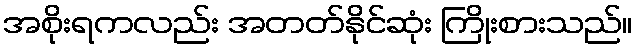
အစိုးရကလည်း အတတ်နိုင်ဆုံး ကြိုးစားသည်။